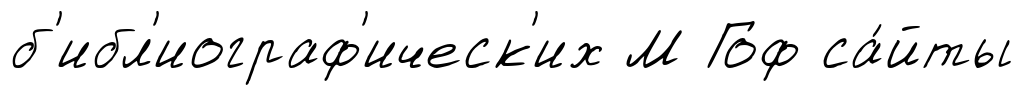
б'ибл'иограф'ическ'их М Гоф са́йты